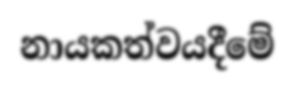
නායකත්වයදීමේ